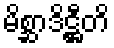
မိစ္ဆာဒိဋ္ဌီတိ